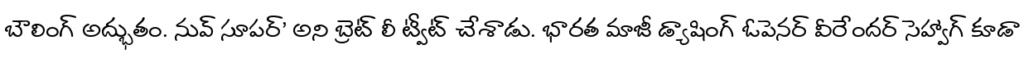
బౌలింగ్ అద్భుతం. నువ్ సూపర్' అని బ్రెట్ లీ ట్వీట్ చేశాడు. భారత మాజీ డ్యాషింగ్ ఓపెనర్ వీరేందర్ సెహ్వాగ్ కూడా